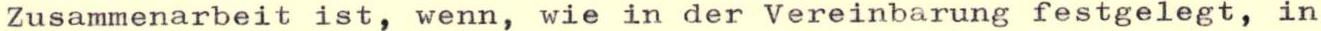
Zusammenarbeit ist, wenn, wie in der Vereinbarung festgelegt, in